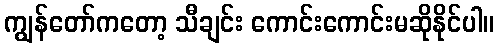
ကျွန်တော်ကတော့ သီချင်း ကောင်းကောင်းမဆိုနိုင်ပါ။